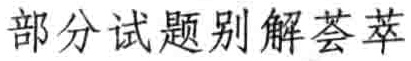
部分试题别解荟萃